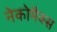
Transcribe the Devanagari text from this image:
नेकोमैक्स